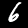
Label: 6